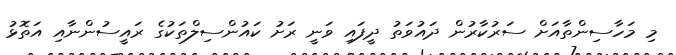
މި މަހާސިންތާއަށް ސަރުކާރުން ދައުވަތު ދީފައި ވަނީ ރަށު ކައުންސިލްތަކުގެ ރައީސުންނާއި އަތޮޅު